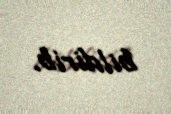
bildirib.